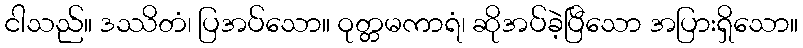
ငါသည်။ ဒဿိတံ၊ ပြအပ်သော။ ဝုတ္တမကာရံ၊ ဆိုအပ်ခဲ့ပြီသော အပြားရှိသော။